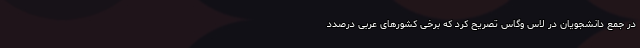
در جمع دانشجویان در لاس وگاس تصریح کرد که برخی کشورهای عربی درصدد